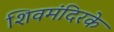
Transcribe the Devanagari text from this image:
शिवमंदिरके